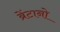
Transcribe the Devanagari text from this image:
ब्रेंटानो